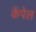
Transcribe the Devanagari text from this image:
कॅपेल